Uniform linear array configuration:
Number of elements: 16
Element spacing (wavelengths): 0.5
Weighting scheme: hann
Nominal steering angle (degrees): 60
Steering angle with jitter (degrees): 59.595
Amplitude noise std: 0.05
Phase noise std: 0.05

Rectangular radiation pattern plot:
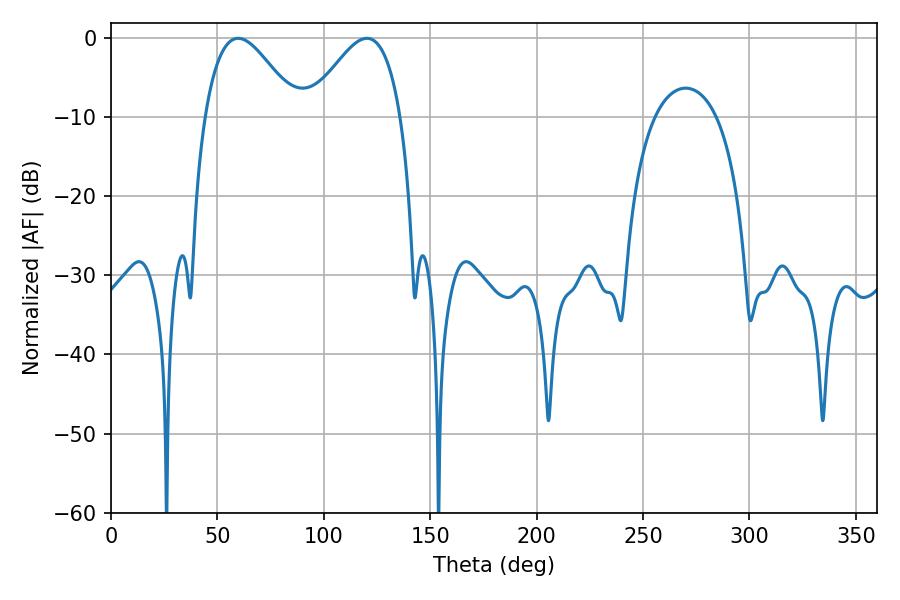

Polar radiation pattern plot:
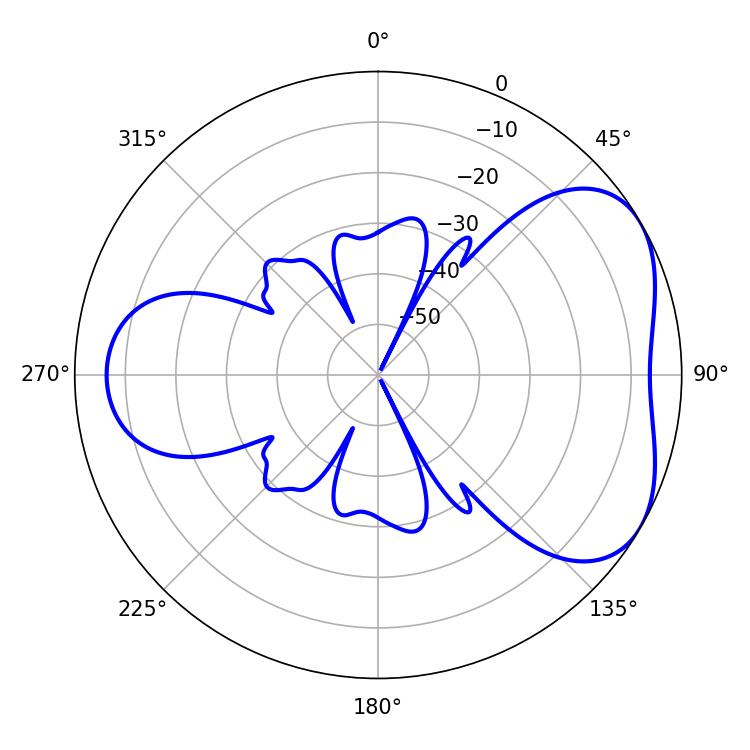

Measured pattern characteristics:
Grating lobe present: FALSE
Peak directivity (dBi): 4.615
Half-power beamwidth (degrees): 23.4
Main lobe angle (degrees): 59.76